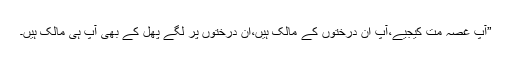
”آپ غصہ مت کیجیے،آپ ان درختوں کے مالک ہیں،ان درختوں پر لگے پھل کے بھی آپ ہی مالک ہیں۔